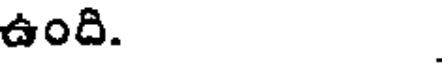
ఉంది.